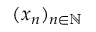
( x _ { n } ) _ { n \in \mathbb { N } }